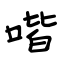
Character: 喈